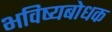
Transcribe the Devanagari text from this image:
भविष्यबोधक